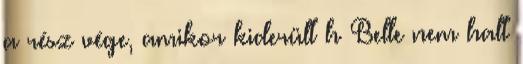
a rész vége, amikor kiderült h Belle nem halt